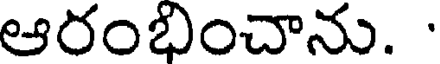
ఆరంభించాను.